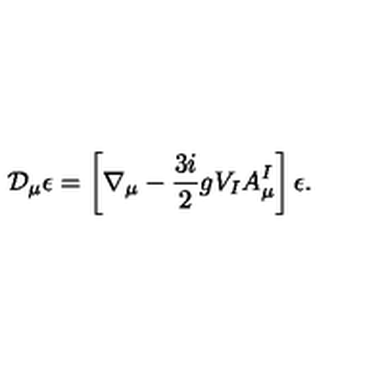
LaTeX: \mathcal { D } _ { \mu } \epsilon = \left[ \nabla _ { \mu } - \frac { 3 i } { 2 } g V _ { I } A _ { \mu } ^ { I } \right] \epsilon .